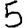
Digit: 5